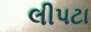
લીપટા